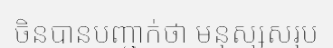
ចិនបានបញ្ជាក់ថា មនុស្សសរុប